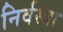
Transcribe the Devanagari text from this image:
निर्वस्त्रा